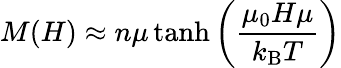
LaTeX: M(H)\approx n\mu\operatorname{tanh}\left({\frac{\mu_{0}H\mu}{k_{\mathrm{B}}T}}\right)